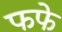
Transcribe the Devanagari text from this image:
फफे